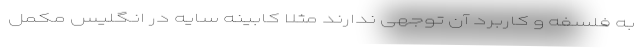
به فلسفه و کاربرد آن توجهی ندارند مثلا کابینه سایه در انگلیس مکمل